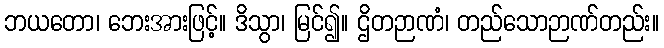
ဘယတော၊ ဘေးအားဖြင့်။ ဒိသွာ၊ မြင်၍။ ဌိတဉာဏံ၊ တည်သောဉာဏ်တည်း။